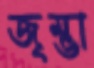
জৃম্ভা